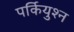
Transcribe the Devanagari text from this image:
पर्कियुश्न